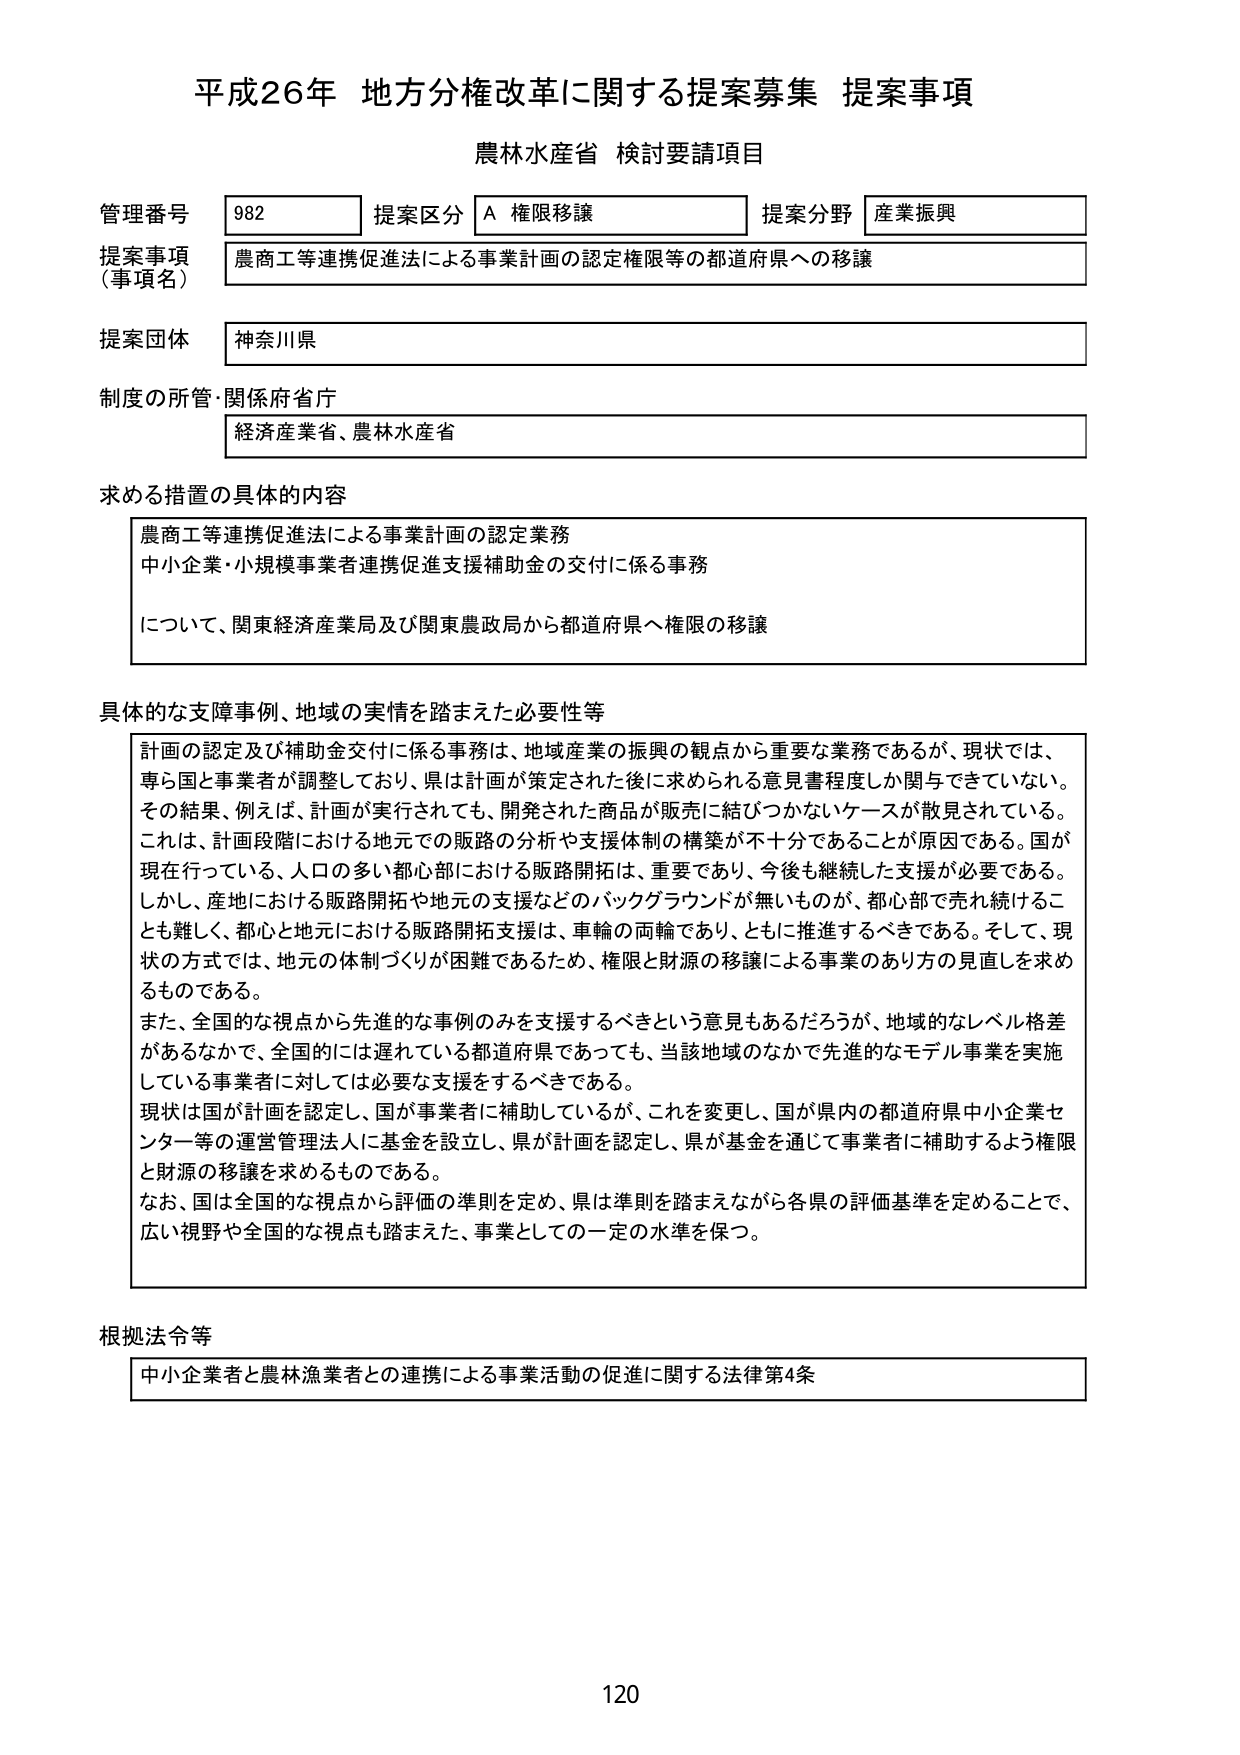
平成26年 地方分権改革に関する提案募集 提案事項
農林水産省 検討要請項目

管理番号 982
提案区分 A 権限移譲
提案分野 産業振興

提案事項（事項名）
農商工等連携促進法による事業計画の認定権限等の都道府県への移譲

提案団体
神奈川県

制度の所管・関係府省庁
経済産業省、農林水産省

求める措置の具体的な内容
農商工等連携促進法による事業計画の認定業務
中小企業・小規模事業者連携促進支援補助金の交付に係る事務
について、関東経済産業局及び関東農政局から都道府県へ権限の移譲

具体的な支障事例、地域の実情を踏まえた必要性等
計画の認定及び補助金交付に係る事務は、地域産業の振興の観点から重要な業務であるが、現状では、専ら国と事業者が調整しており、県は計画が策定された後に求められる意見書程度しか関与できていない。その結果、例えば、計画が実行されても、開発された商品が販売に結びつかないケースが散見されている。これは、計画段階における地元での販路の分析や支援体制の構築が不十分であることが原因である。国が現在行っている、人口の多い都心部における販路開拓は、重要であり、今後も継続した支援が必要である。しかし、産地における販路開拓や地元の支援などのバックグラウンドが無いものが、都心部で売れ続けることも難しく、都心と地元における販路開拓支援は、車輪の両輪であり、ともに推進するべきである。そして、現状の方式では、地元の体制づくりが困難であるため、権限と財源の移譲による事業のあり方の見直しを求めるものである。
また、全国的な視点から先進的な事例のみを支援するべきという意見もあるだろうが、地域的なレベル格差があるなかで、全国的には遅れている都道府県であっても、当該地域のなかで先進的なモデル事業を実施している事業者に対しては必要な支援をするべきである。
現状は国が計画を認定し、国が事業者に補助しているが、これを変更し、国が県内の都道府県中小企業センター等の運営管理法人に基金を設立し、県が計画を認定し、県が基金を通じて事業者に補助するよう権限と財源の移譲を求めるものである。
なお、国は全国的な視点から評価の準則を定め、県は準則を踏まえながら各県の評価基準を定めることで、広い視野や全国的な視点も踏まえた、事業としての一定の水準を保つ。

根拠法令等
中小企業者と農林漁業者との連携による事業活動の促進に関する法律第4条

120